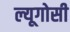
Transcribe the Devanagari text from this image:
ल्यूगोसी